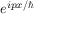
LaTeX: e ^ { i p x / \hbar }